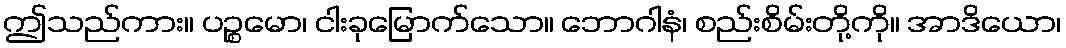
ဤသည်ကား။ ပဉ္စမော၊ ငါးခုမြောက်သော။ ဘောဂါနံ၊ စည်းစိမ်းတို့ကို။ အာဒိယော၊